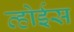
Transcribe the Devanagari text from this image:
व्होईस